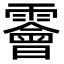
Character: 𩆁